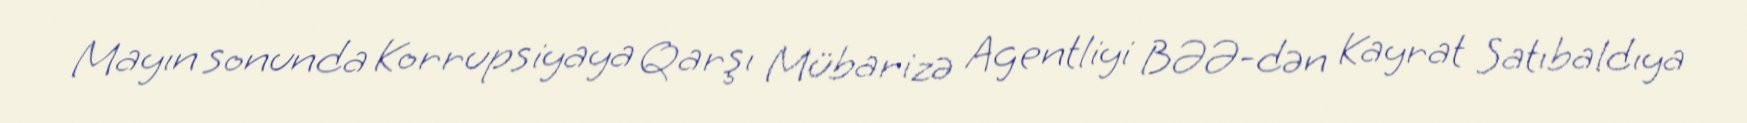
Mayın sonunda Korrupsiyaya Qarşı Mübarizə Agentliyi BƏƏ-dən Kayrat Satıbaldıya